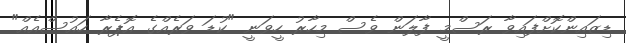
ޑިޒައިންކޮށްފައިވާ ރަސްމީ ފާލަން ވެސް މިހާރު ހީވަނީ "ކުޑަ ވަރެއްގެ އޮޕެރާ ހައުސްއެއް"